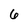
Character: 6